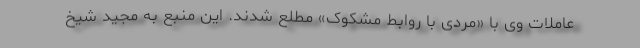
عاملات وی با «مردی با روابط مشکوک» مطلع شدند. این منبع به مجید شیخ